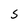
Character: S